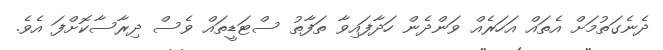
ދެނެގަތުމަށް އެތައް އަހަރެއް ވަންދެން ހަދާފައިވާ ތަފާތު ސްޓަޑީތައް ވެސް ދިރާސާކޮށްފަ އެވެ.